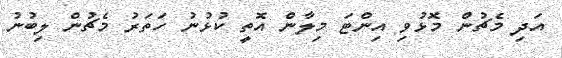
އަދި މެޗުން މޮޅުވި އިންޓަ މިލާން އޮތީ ކުޅުނު ހަތަރު މެޗުން ލިބުނު